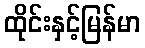
ထိုင်းနှင့်မြန်မာ